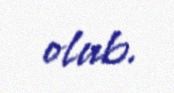
olub.